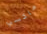
ماكسي